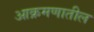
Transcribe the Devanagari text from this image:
आक्रमणातील